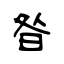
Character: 昝